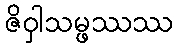
ဇိဝှါသမ္ဖဿဿ